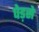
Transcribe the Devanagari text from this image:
पेड़से